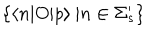
\{ \langle n | O | p \rangle \: | n \in \Sigma _ { s } ^ { \prime } \}